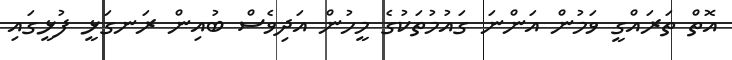
އޮތް ތަރައްގީ ވަމުން އަންނަ ގައުމުތަކުގެ މީހުން އަދިވެސް ބުއިން ރަނގަޅީ ފުޅީގައި